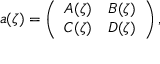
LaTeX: a ( \zeta ) = \left( \begin{array} { c c } { { A ( \zeta ) } } & { { B ( \zeta ) } } \\ { { C ( \zeta ) } } & { { D ( \zeta ) } } \end{array} \right) ,